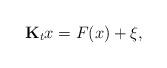
LaTeX: \begin{align*} \mathbf{K}_t x = F(x) + \xi,\end{align*}